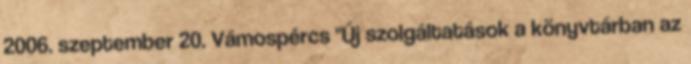
2006. szeptember 20. Vámospércs "Új szolgáltatások a könyvtárban az